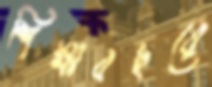
শিক্ষাবছরে